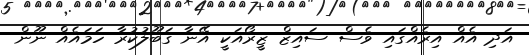
އަދި އެއް އިރެއްގައި ވެސް ސައިޒް ޒީރޯއަކީ އޭނާ ގަބޫލުކުރާ ހަމައެއް ނޫން